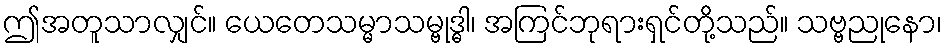
ဤအတူသာလျှင်။ ယေတေသမ္မာသမ္ဗုဒ္ဓါ၊ အကြင်ဘုရားရှင်တို့သည်။ သဗ္ဗညုနော၊